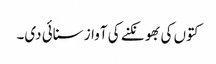
کتوں کی بھونکنے کی آواز سنائی دی۔